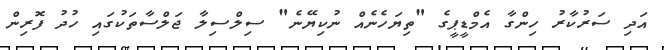
އަދި ސަރުކާރު ހިންގާ އެމްޑީޕީގެ "ތިޔަހެނެއް ނުކިޔޭނެ" ސިލްސިލާ ޖަލްސާތަކުގައި ހުދު ފޮރިން